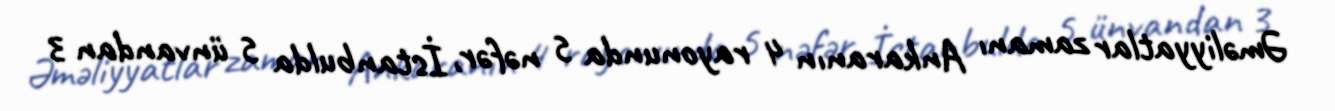
Əməliyyatlar zamanı Ankaranın 4 rayonunda 5 nəfər, İstanbulda 5 ünvandan 3